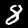
Label: 8